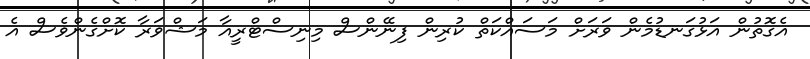
އެގޮތުން އަޅުގަނޑުމެން ވަރަށް މަސައްކަތް ކުރިން ފިނޭންސް މިނިސްޓްރީއާ މަޝްވަރާ ކޮށްގެންވެސް އެ